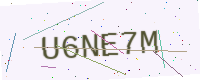
Text: U6NE7M